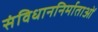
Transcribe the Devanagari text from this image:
संविधाननिर्माताओं